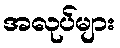
အလုပ်များ